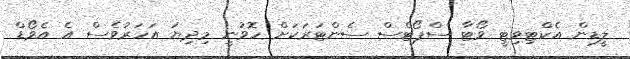
ލީޑިން އެކްޓިވިޓީ ވޯޓާ ސްޕޯޓްސް ސެންޓަރަކަށް ހޮވުނީ މިދިޔަ އަހަރުވެސް އެ އެވޯޑް